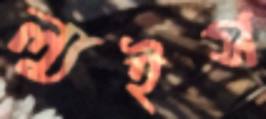
ল্যুইস